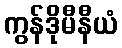
ကွန်ဒိုမီနီယံ